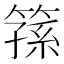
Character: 𥱖